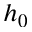
h _ { 0 }